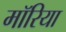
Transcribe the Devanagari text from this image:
मॉरिया